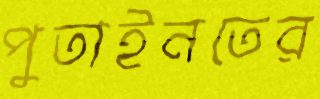
পুতাইনতের